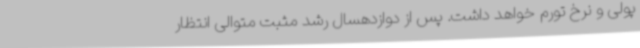
پولی و نرخ تورم خواهد داشت. پس از دوازدهسال رشد مثبت متوالی انتظار